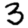
Digit: 3